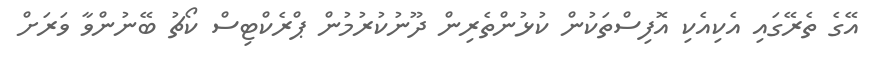
އޭގެ ތެރޭގައި އެކިއެކި އޮފިސްތަކުން ކުޅުންތެރިން ދޫނުކުރުމުން ޕްރެކްޓިސް ކޯޗު ބޭނުންވާ ވަރަށް